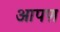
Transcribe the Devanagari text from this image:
आपण़